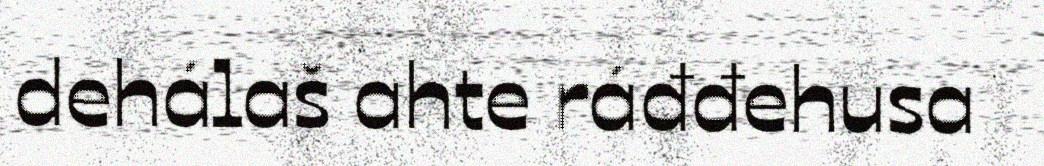
dehálaš ahte ráđđehusa